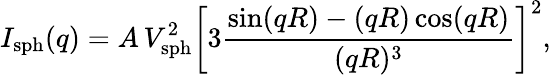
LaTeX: I_{\mathrm{sph}}(q)=A\, V_{\mathrm{sph}}^{2}\left[3\frac{\sin(qR)-(qR)\cos(qR)}{(qR)^{3}}\right]^{2},